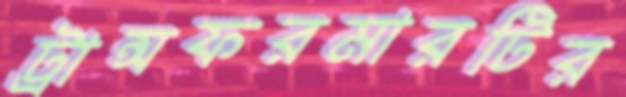
ট্রান্সফরমারটির